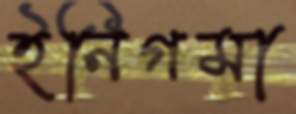
ইনিগমা